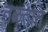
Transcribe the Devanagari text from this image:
तळतात